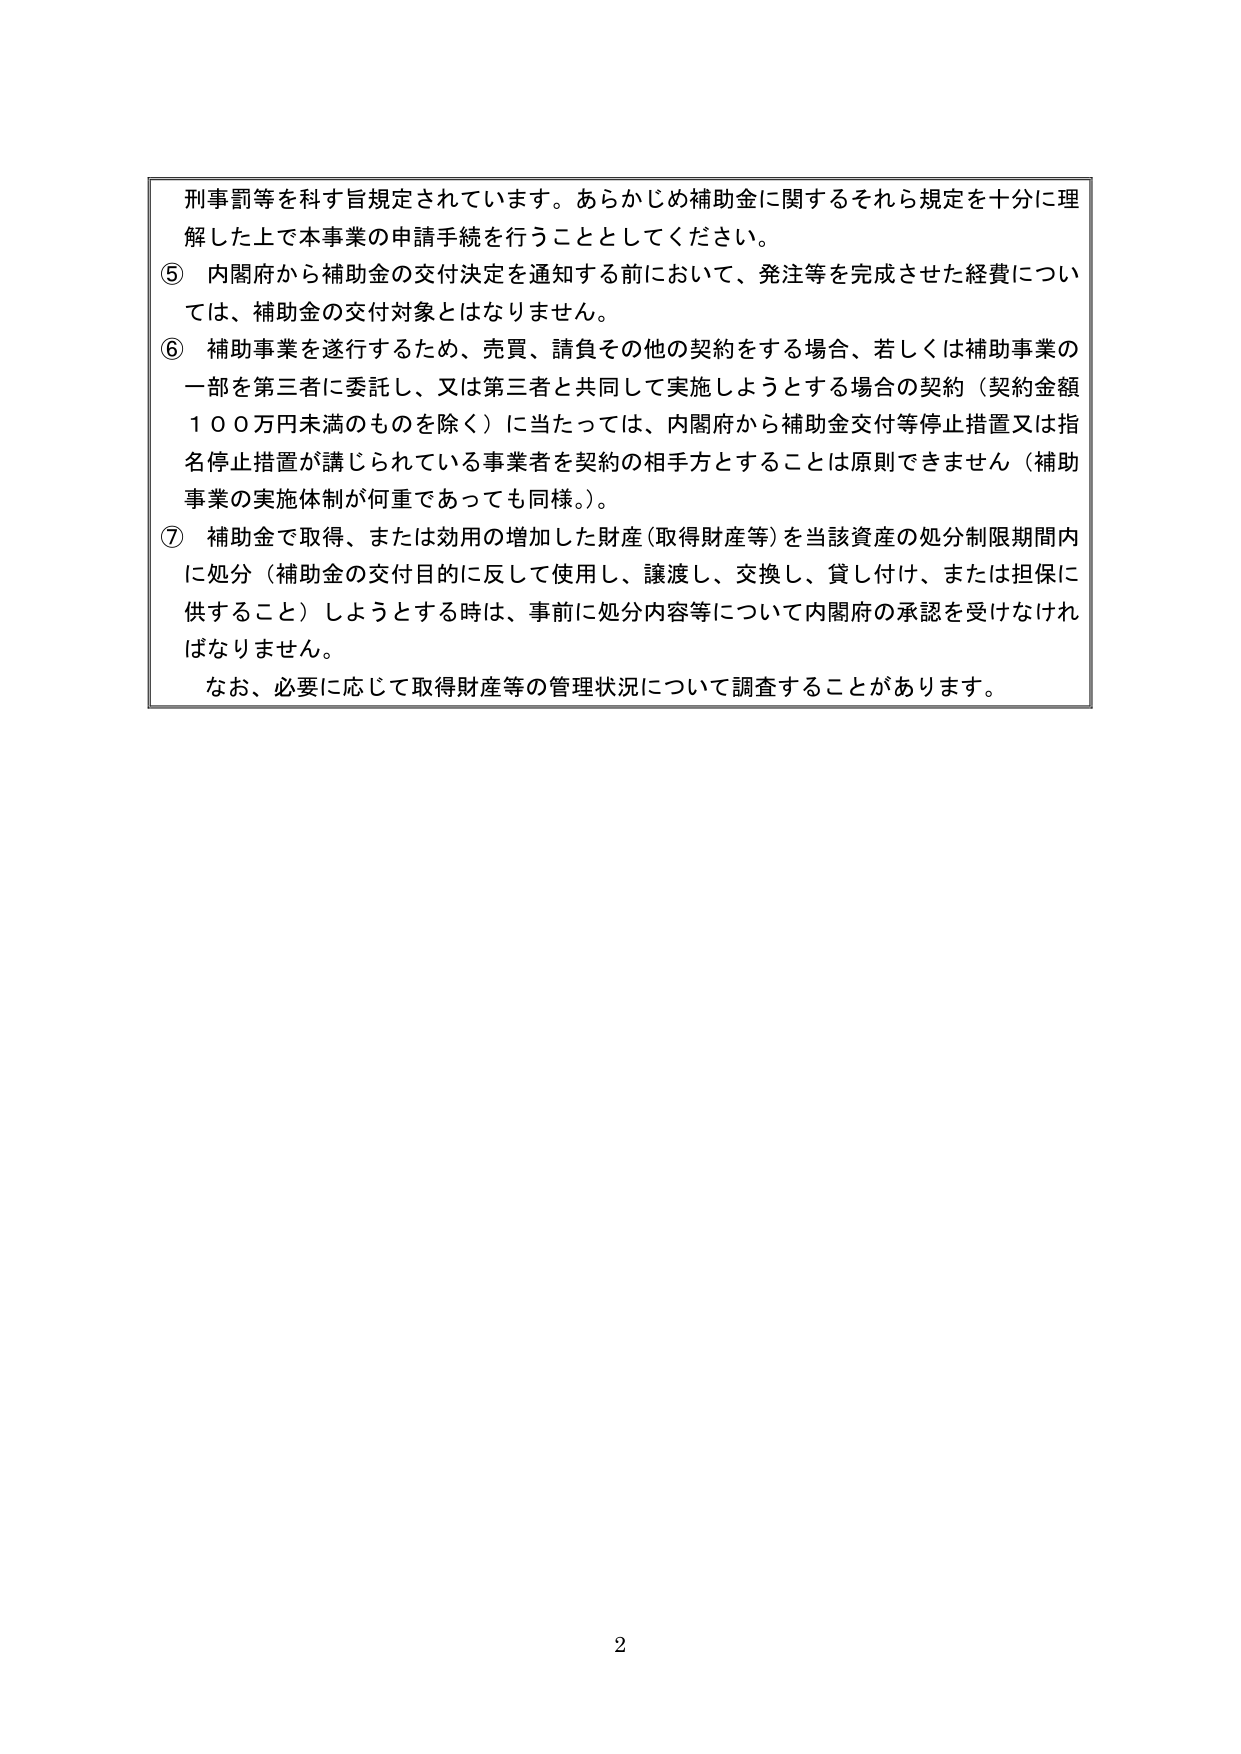
刑事罰等を科す旨規定されています。あらかじめ補助金に関するそれら規定を十分に理解した上で本事業の申請手続を行うこととしてください。

⑤ 内閣府から補助金の交付決定を通知する前において、発注等を完成させた経費については、補助金の交付対象とはなりません。

⑥ 補助事業を遂行するため、売買、請負その他の契約をする場合、若しくは補助事業の一部を第三者に委託し、又は第三者と共同して実施しようとする場合の契約（契約金額１００万円未満のものを除く）に当たっては、内閣府から補助金交付等停止措置又は指名停止措置が講じられている事業者を契約の相手方とすることは原則できません（補助事業の実施体制が何重であっても同様。）。

⑦ 補助金で取得、または効用の増加した財産（取得財産等）を当該資産の処分制限期間内に処分（補助金の交付目的に反して使用し、譲渡し、交換し、貸し付け、または担保に供すること）しようとする時は、事前に処分内容等について内閣府の承認を受けなければなりません。

なお、必要に応じて取得財産等の管理状況について調査することがあります。

2